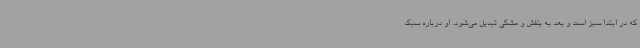
که در ابتدا سبز است و بعد به بنفش و مشکی تبدیل می‌شود. او درباره سبک